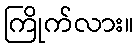
ကြိုက်လား။